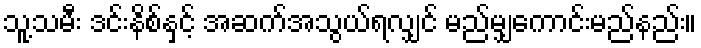
သူ့သမီး ဒင်းနိစ်နှင့် အဆက်အသွယ်ရလျှင် မည်မျှကောင်းမည်နည်း။